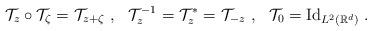
LaTeX: \begin{align*}\mathcal{T}_z\circ \mathcal{T}_\zeta=\mathcal{T}_{z+\zeta} \ , \ \ \mathcal{T}_z^{-1}=\mathcal{T}^*_z=\mathcal{T}_{-z} \ , \ \ \mathcal{T}_0={\rm Id}_{L^2(\mathbb{R}^d)} \ .\end{align*}